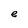
Character: e